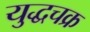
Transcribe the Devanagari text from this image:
युद्धचक्र